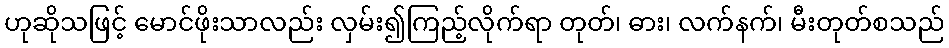
ဟုဆိုသဖြင့် မောင်ဖိုးသာလည်း လှမ်း၍ကြည့်လိုက်ရာ တုတ်၊ ဓား၊ လက်နက်၊ မီးတုတ်စသည်